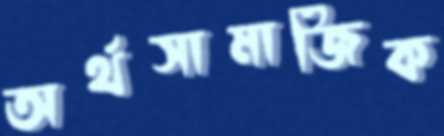
অর্থসামাজিক